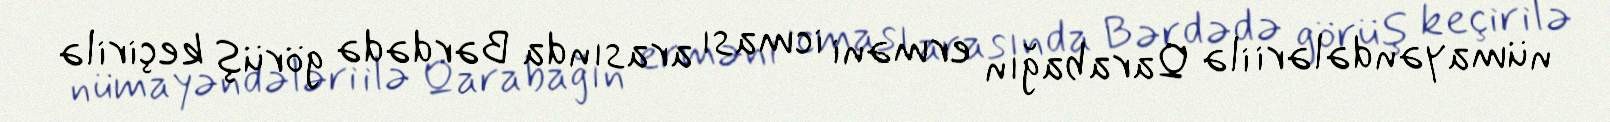
nümayəndələri ilə Qarabağın erməni icması arasında Bərdədə görüş keçirilə